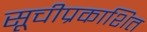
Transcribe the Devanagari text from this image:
सूचीप्रकाशित